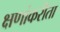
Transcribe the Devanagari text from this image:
क्षणांकरीता